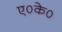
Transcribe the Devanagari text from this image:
ए०के०